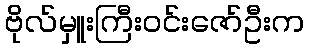
ဗိုလ်မှူးကြီးဝင်းဇော်ဦးက